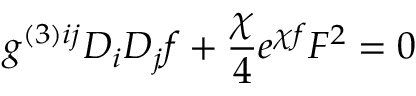
g ^ { ( 3 ) i j } D _ { i } D _ { j } f + \frac { \chi } { 4 } e ^ { \chi f } F ^ { 2 } = 0